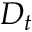
D _ { t }